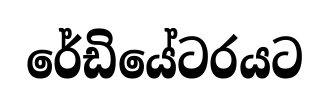
රේඩියේටරයට